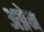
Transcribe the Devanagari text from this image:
अप्रेम